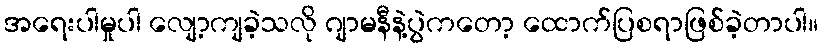
အရေးပါမှုပါ လျော့ကျခဲ့သလို ဂျာမနီနဲ့ပွဲကတော့ ထောက်ပြစရာဖြစ်ခဲ့တာပါ။